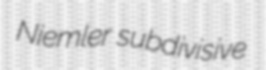
Niemler subdivisive